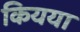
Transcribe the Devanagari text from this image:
कियया